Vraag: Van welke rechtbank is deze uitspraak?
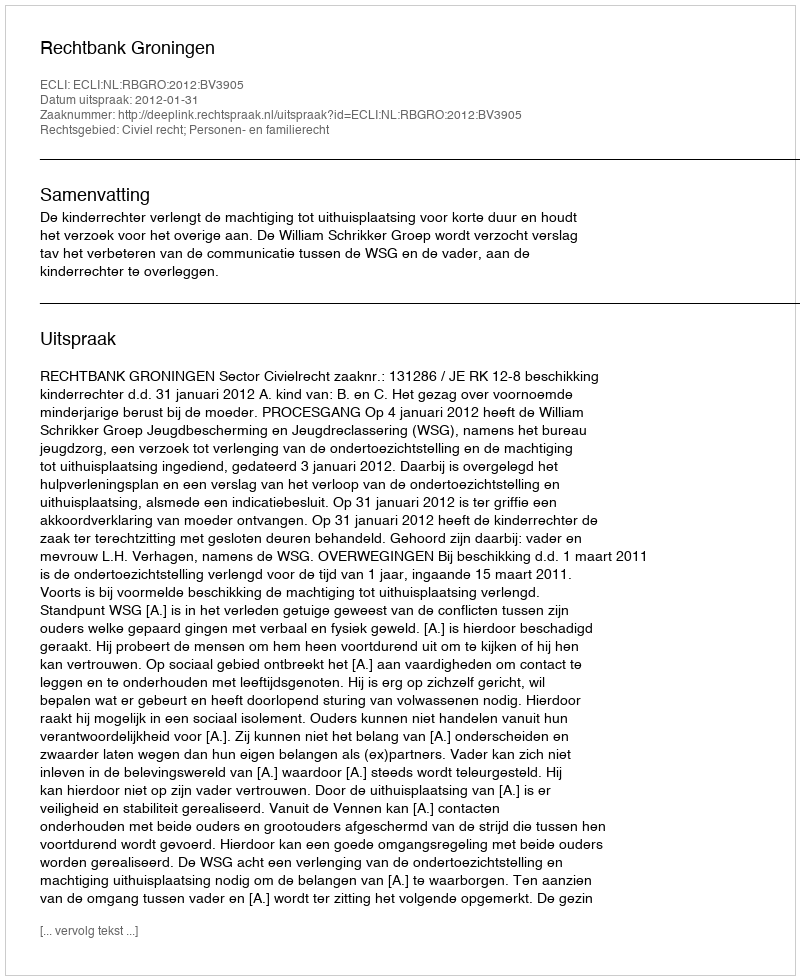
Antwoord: Rechtbank Groningen